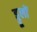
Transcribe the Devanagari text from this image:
ड्डूलों